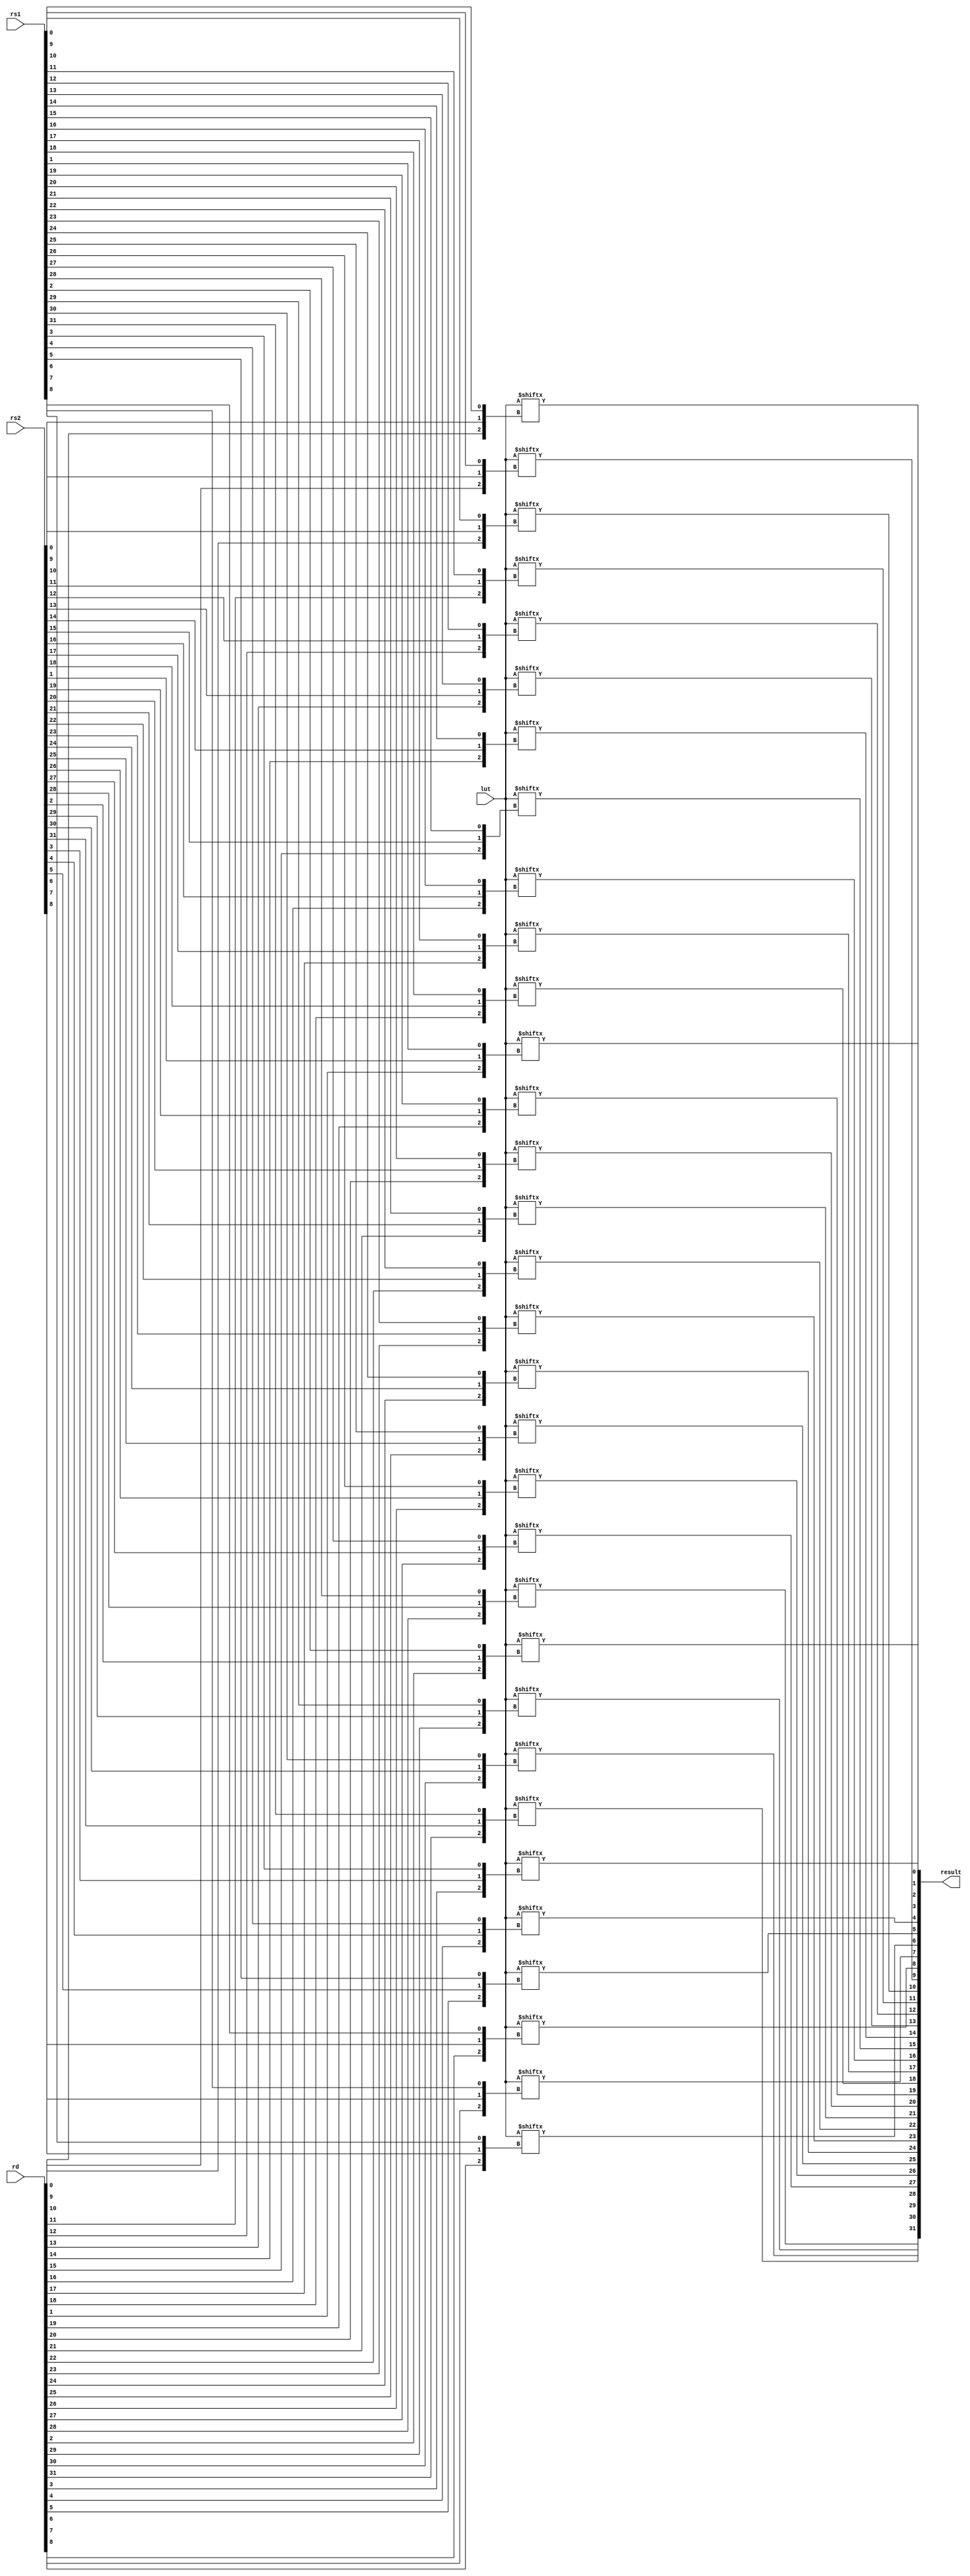
// This program was cloned from: https://github.com/scarv/xcrypto
// License: MIT License


//
// module: b_bop
//
//  Implements the ternary bitwise `bop` instruction
//
module b_bop (

input  wire [31:0] rd       ,
input  wire [31:0] rs1      ,
input  wire [31:0] rs2      ,
input  wire [ 7:0] lut      ,

output wire [31:0] result    

);

genvar i;

generate for(i = 0; i < 32; i = i + 1) begin

    wire [2:0] idx = {
        rd[i], rs2[i], rs1[i]
    };

    assign result[i] = lut[idx];

end endgenerate


endmodule